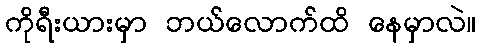
ကိုရီးယားမှာ ဘယ်လောက်ထိ နေမှာလဲ။